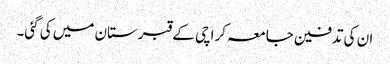
ان کی تدفین جامعہ کراچی کے قبرستان میں کی گئی۔